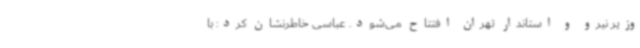
وزیر نیرو و استاندار تهران ‌افتتاح می‌شود. عباسی ‌خاطرنشان کرد: با